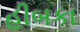
હીબકા